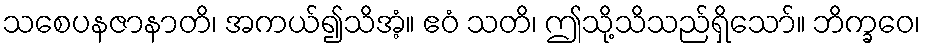
သစေပနဇာနာတိ၊ အကယ်၍သိအံ့။ ဧဝံ သတိ၊ ဤသို့သိသည်ရှိသော်။ ဘိက္ခဝေ၊